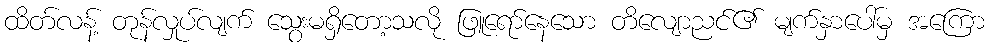
ထိတ်လန့် တုန်လှုပ်လျက် သွေးမရှိတော့သလို ဖြူရော်နေသော တိလျောညင်၏ မျက်နှာပေါ်မှ အကြော